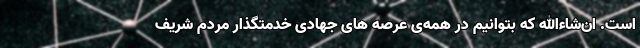
است. ان‌شاءالله که بتوانیم در همه‌ی عرصه های جهادی خدمتگذار مردم شریف